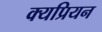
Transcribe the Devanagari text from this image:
क्यप्रियन